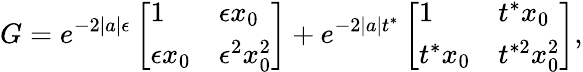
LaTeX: G=e^{-2|a|\epsilon}\left[\begin{array}{ll}{1}&{\epsilon x_{0}}\\ {\epsilon x_{0}}&{\epsilon^{2}x_{0}^{2}}\end{array}\right]+e^{-2|a|t^{*}}\left[\begin{array}{ll}{1}&{t^{*}x_{0}}\\ {t^{*}x_{0}}&{t^{*2}x_{0}^{2}}\end{array}\right],